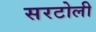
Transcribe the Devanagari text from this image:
सरटोली